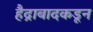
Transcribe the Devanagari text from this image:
हैद्राबादकडून